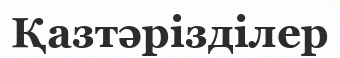
Қазтәрізділер